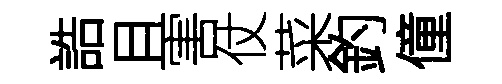
誥且害仗菜釣僮